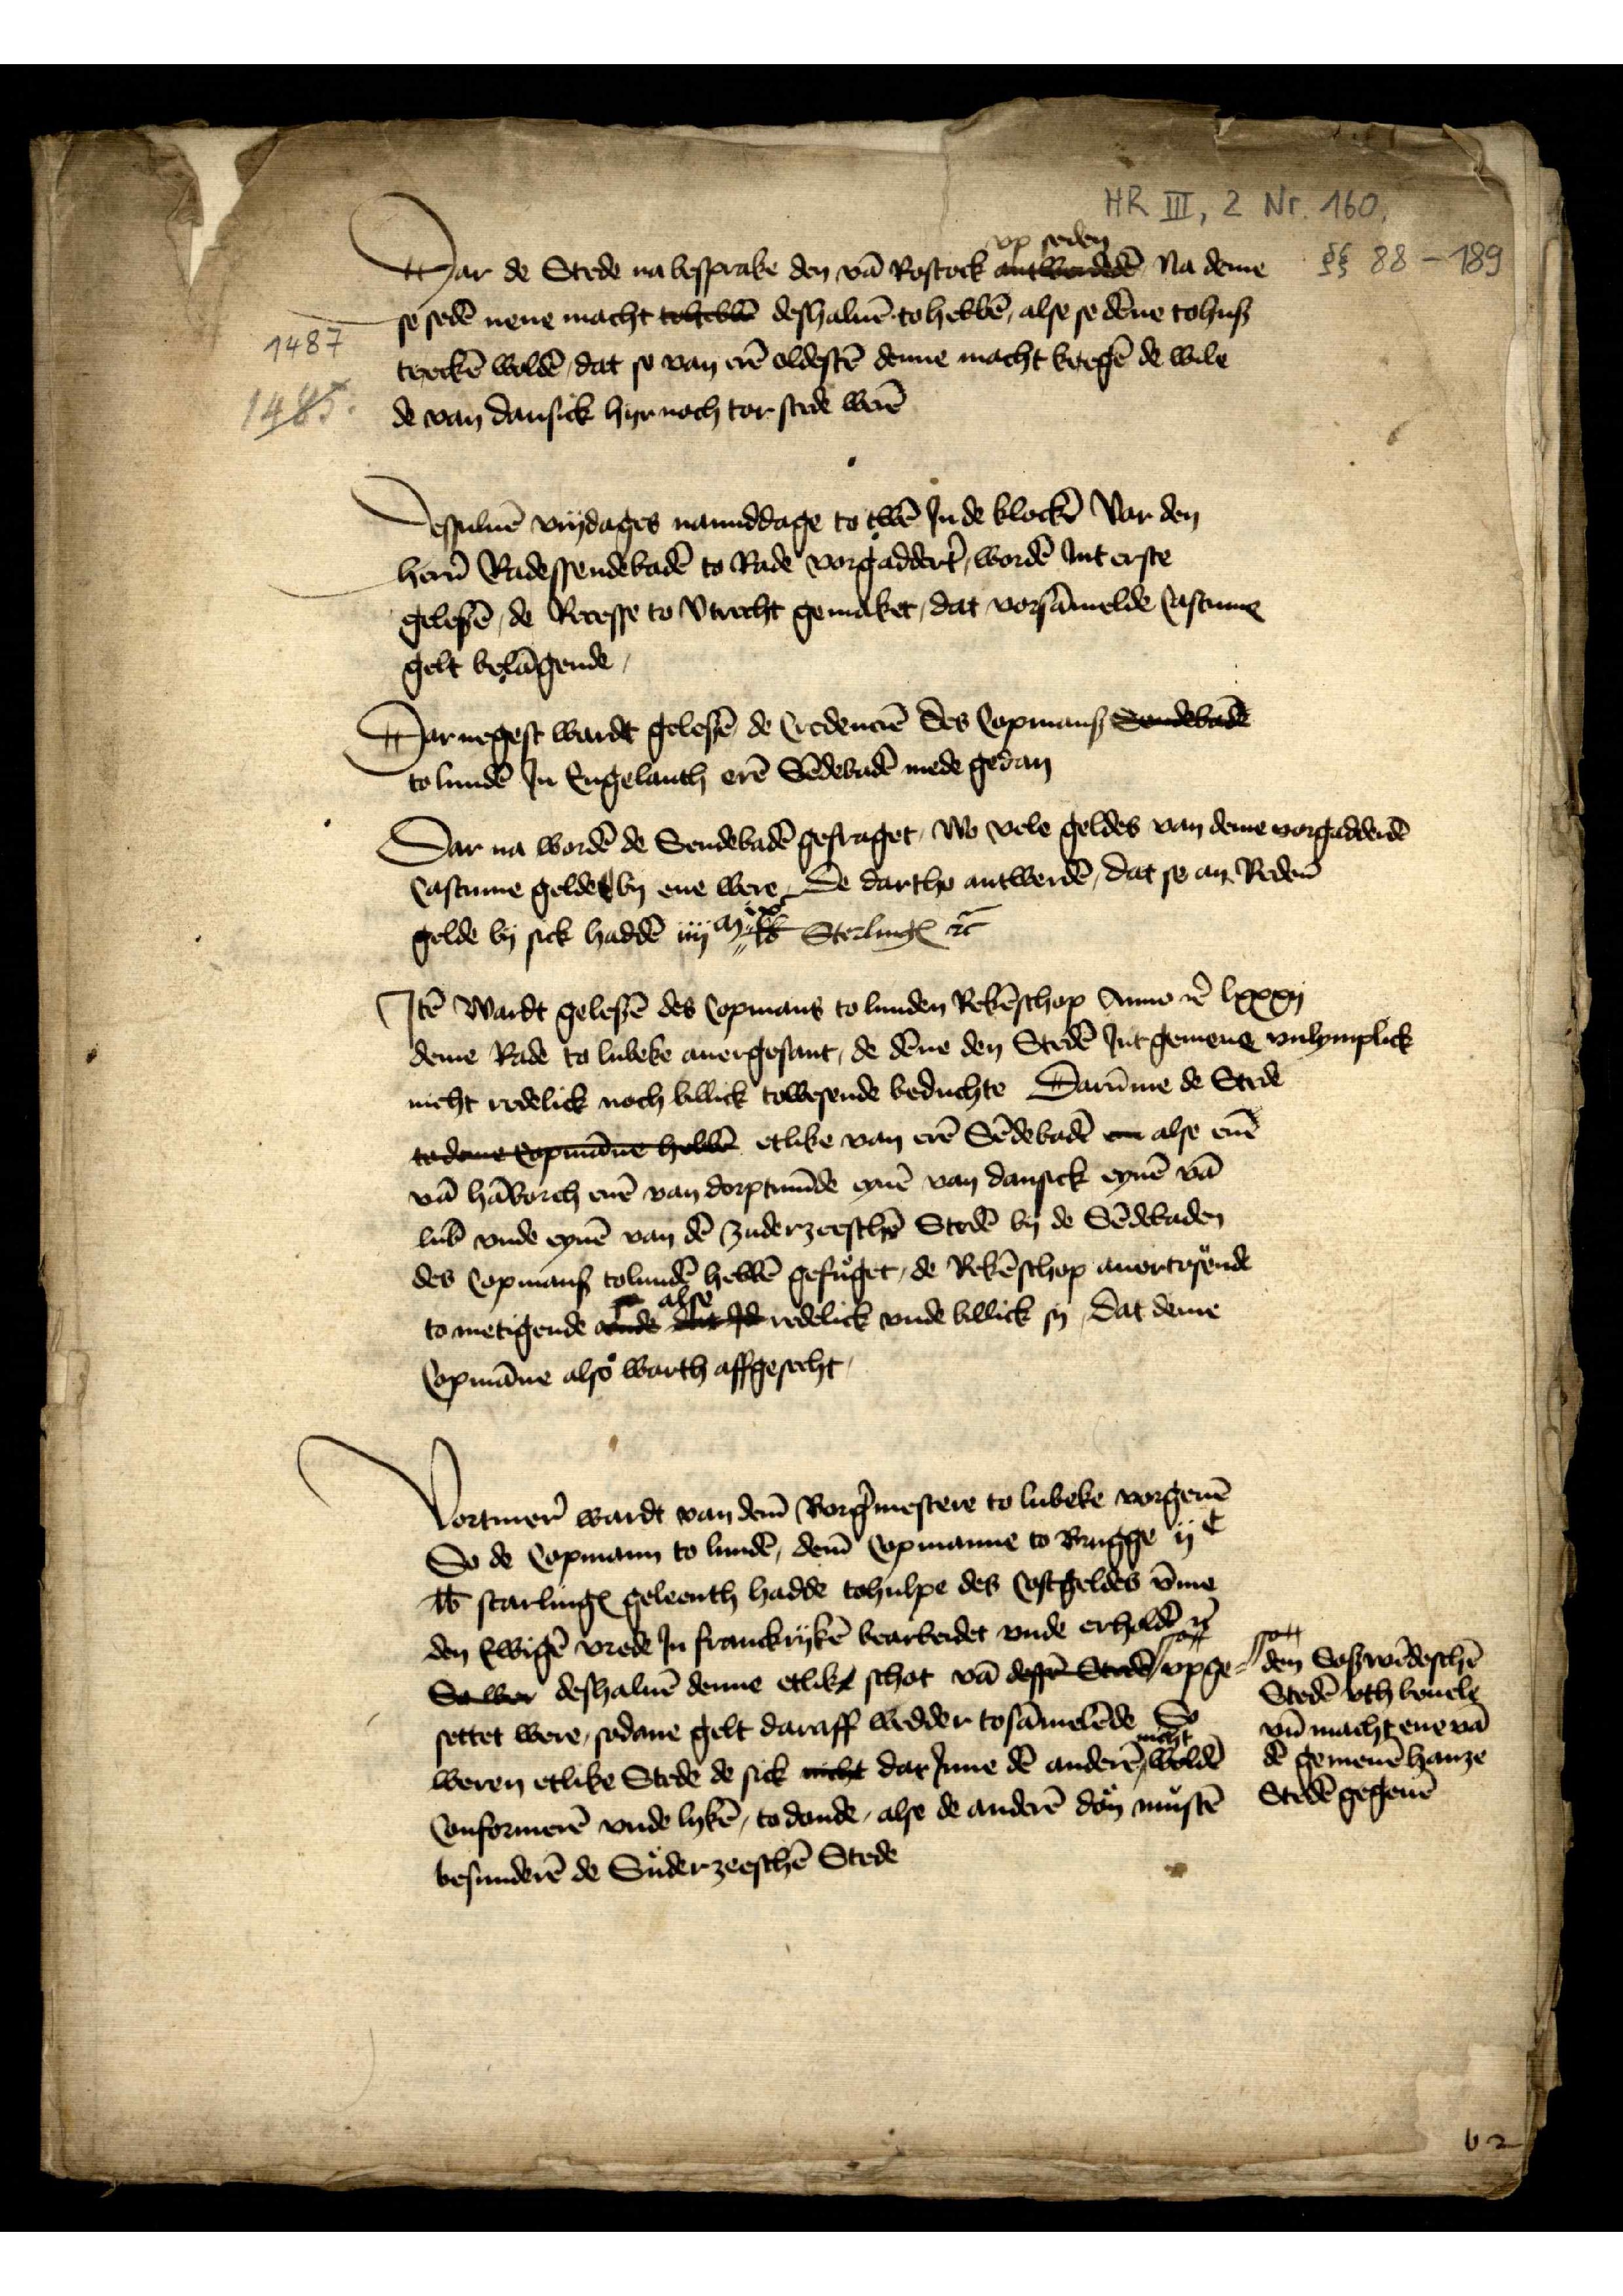
Dar de stede na besprake den vā Rostock up seden, Na deme
so sedē nene macht to hebben deshaluē to hebbē, alse se dēne tohuß
treckē woldē, dat so van erē oldestē denne macht kregē de wile
de van Dansick hyr noch tor stede werē

Dessuluē vrydages na middage to twē Jn de klockē vor den
her̉n Radessendebadē to Rade vorgaddert̉, wordē Jnt erste
gelesē, de Recesse to Vtrecht gemaket, dat vorsāmelde Castume
gelt belāgende

Dar negest wardt gelesē de Credenciē des Copmans Sendebade
to Lundē Jn Engelanth erē Sēdebadē mede gedan

Dar na wordē de Sendebadē gefraget, wo vele geldes van deme vorgadderdē
Castume gelde by ene were De dartho antwerdē, dat se an Redem̄
to Lundē Jn Engelanth erē Sēdebadē mede gedan
gelde by sick hadden iiija lb ix SterlingꝬ et̉

Jtē wardt gelesē des Copmans to Lunden Rekēschop Anno et̉ lxxxij
deme Rade to Lubeke ouergesant, de dēne den Stedē Jnt gemene vnlymplick
nicht redelick noch billick to wesende beduchte Darūme de Stede 
to deme Copmane hebbe etlike van erē Sēdebadē ere alse enē
van Hāborch, enē van Doprtmūde eynē van Dansick eynē vā
Lub̄ vnde eynē van dē zuderzeeschē Stedē by de Sēdebaden
des Copmans to Lundē hebbē gefuget, de Rekēschop auertosende
to metigende alse redelick vnde billick sy, Dat deme
Copmāne also warth affgesecht

Vortmer̉ wardt van dem̄ Borg̉mestere to Lubeke vorgegeuē
So de Copmann to Lundē, dem̄ Copmanne to Brugge ijc
lb starlingꝬ geleenth hadde tohulpe des Costgeldes v̄me
den Ewigē vrede Jn Franckrykē bearbeidet vnde erhaldē et̉
So war deshaluē denne etlike schot vā dessen Stede den Soswēdeschen Stedē vth beuele vn̄ macht ene vā dē gemenē hanze Stedē gegeuē upge¬
settet were, sodane gelt daraff wedder tosāmelde So
weren etlike Stede de sick nicht darJnne dē anderē nicht woldē
Conformerē vnde lykē, to donde, alse de anderē don mustē
besunderē de Suderzeeschē Stede